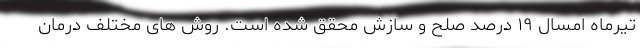
تیرماه امسال ۱۹ درصد صلح و سازش محقق شده است. روش های مختلف درمان